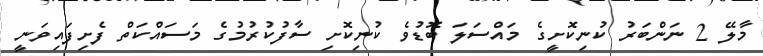
މާލޭ 2 ނަންބަރު ކުނިކޮށީގެ މައްސަލަ ބޮޑުވެ ކުނިކޮށި ސާފުކުރުމުގެ މަސައްކަތް ފެށިފައިވަނީ